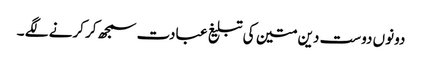
دونوں دوست دین متین کی تبلیغ عبادت سمجھ کر کرنے لگے ۔